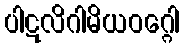
ပါဋလိဂါမိယဝဂ္ဂေါ